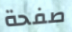
صفحة